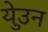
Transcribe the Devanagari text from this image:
येउुन